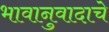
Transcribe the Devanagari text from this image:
भावानुवादाचे